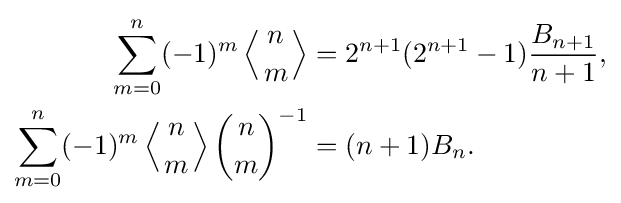
{\begin{aligned}\sum _{m=0}^{n}(-1)^{m}\left\langle {n \atop m}\right\rangle &=2^{n+1}(2^{n+1}-1){\frac {B_{n+1}}{n+1}},\\\sum _{m=0}^{n}(-1)^{m}\left\langle {n \atop m}\right\rangle {\binom {n}{m}}^{-1}&=(n+1)B_{n}.\end{aligned}}